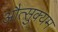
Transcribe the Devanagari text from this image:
औत्सुक्यम